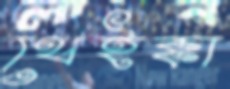
থেইক্কা